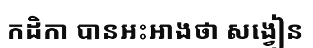
កដិកា បានអះអាងថា សង្វៀន